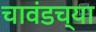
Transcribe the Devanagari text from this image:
चावंडच्या